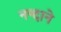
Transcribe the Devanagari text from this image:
नन्दाने